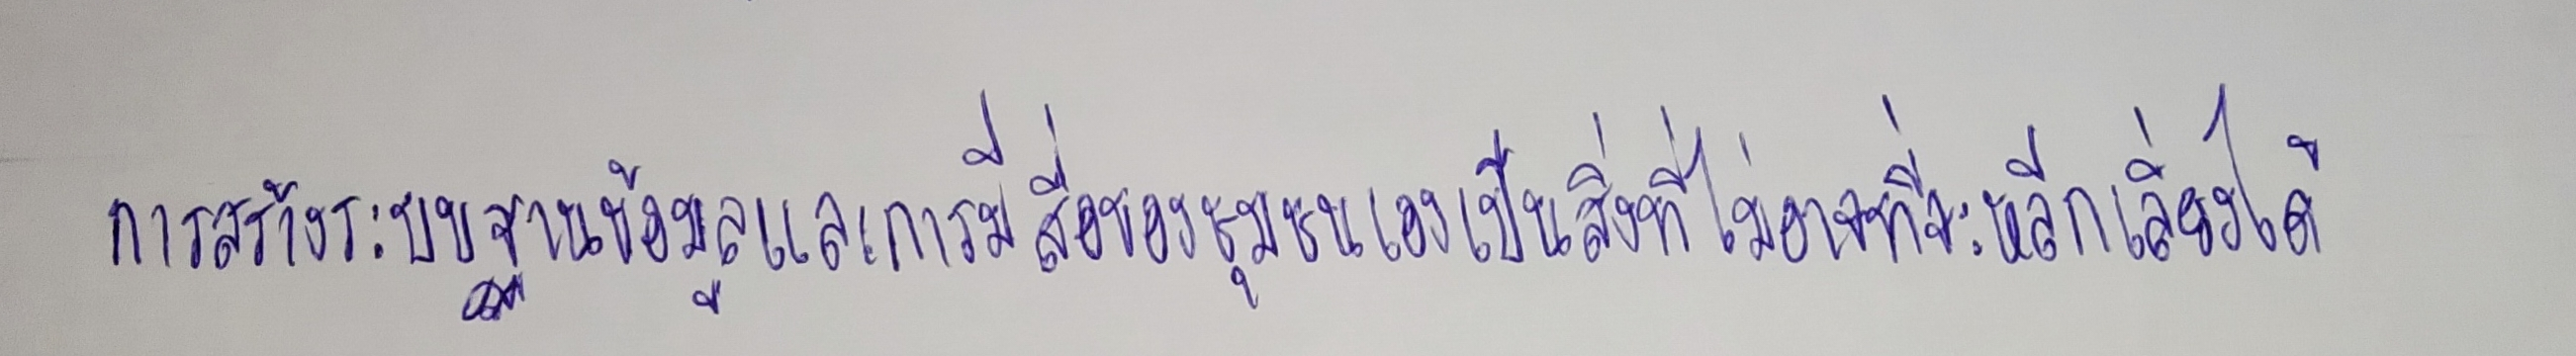
การสร้างระบบฐานข้อมูลและการมีสื่อของชุมชนเองเป็นสิ่งที่ไม่อาจที่จะหลีกเลี่ยงได้